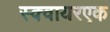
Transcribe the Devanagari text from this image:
स्क्वायरएक